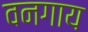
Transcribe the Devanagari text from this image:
वनगाय